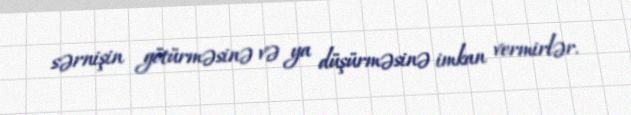
sərnişin götürməsinə və ya düşürməsinə imkan vermirlər.